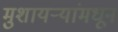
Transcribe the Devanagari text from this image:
मुशायऱ्यांमधून